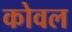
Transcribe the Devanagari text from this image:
कोवल